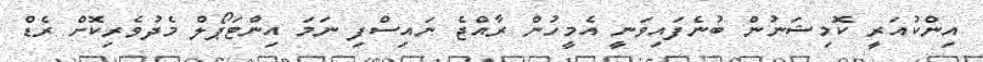
އިންކުއަރީ ކޮމިޝަނުން ބުނެފައިވަނީ އެމީހުން ރާއްޖެ ނައިސްފި ނަމަ އިންޓަޕޯލް މެދުވެރިކޮށް ރެޑް